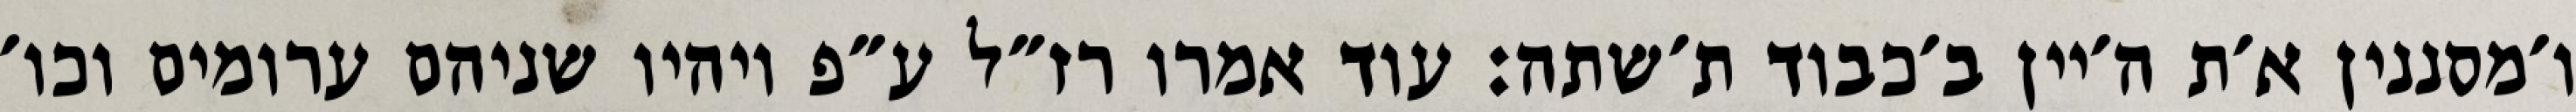
ו׳מסננין א׳ת ה׳יין ב׳כבוד ת׳שתה: עוד אמרו רז״ל ע״פ ויהיו שניהם ערומים וכו׳